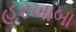
હરખાબા